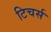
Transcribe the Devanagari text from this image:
टिचर्स